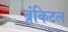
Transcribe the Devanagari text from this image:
ब्रंकिटल